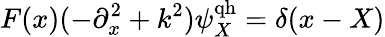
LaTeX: F(x)(-\partial_{x}^{2}+k^{2})\psi_{X}^{\mathrm{qh}}=\delta(x-X)